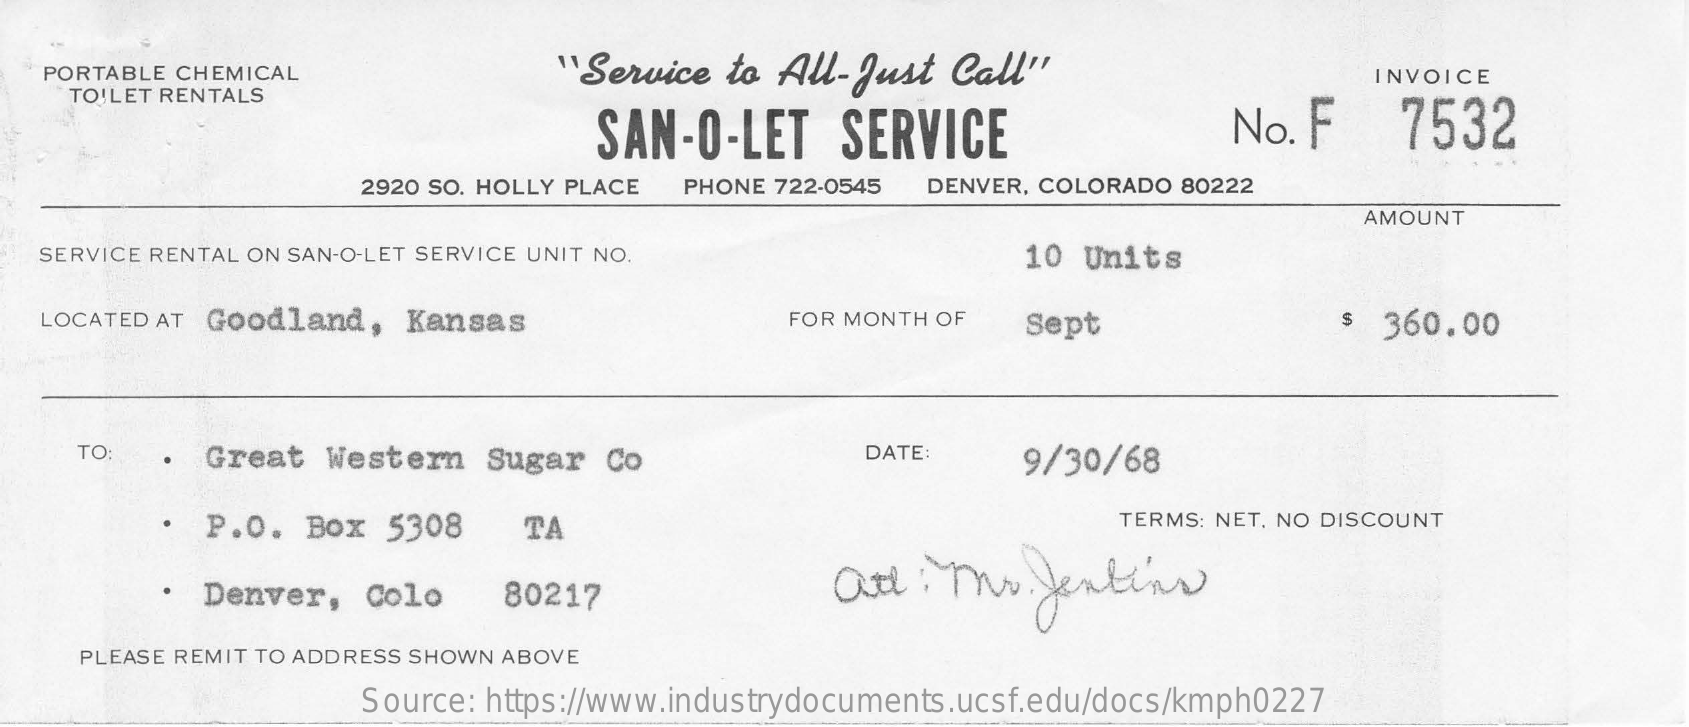
PORTABLE CHEMICAL    "Service   to All-Just  Call"
     TOILET RENTALS
     INVOICE
     SAN-O-LET    SERVICE    No. F    7532
     2920 SO. HOLLY PLACE PHONE 722-0545 DENVER, COLORADO 80222
     AMOUNT
   SERVICE RENTAL ON SAN-O-LET SERVICE UNIT NO.    10 Units
   LOCATED AT Goodland,  Kansas    FOR MONTH OF  Sept    $  360.00
     TO:    Great  Western   Sugar  Co    DATE:    9/30/68
     ·  P.O.  Box  5308    TA    TERMS: NET, NO DISCOUNT
     · Denver,   Colo    80217    att  : Mr.   Jentins
     PLEASE REMIT TO ADDRESS SHOWN ABOVE
     Source: https://www.industrydocuments.ucsf.edu/docs/kmph0227